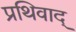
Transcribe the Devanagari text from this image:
प्रथिवाद्